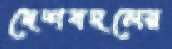
দেশবদলের